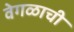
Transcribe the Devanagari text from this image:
वेगळाची